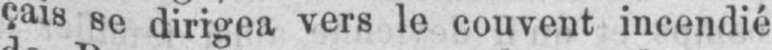
çais se dirigea vers le couvent incendié